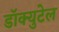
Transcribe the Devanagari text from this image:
डॉक्युटेल